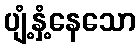
ပျံ့နှံ့နေသော